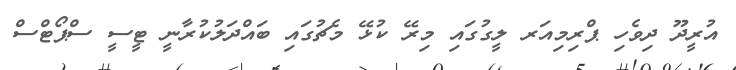
އުރީދޫ ދިވެހި ޕްރިމިއަރ ލީގުގައި މިރޭ ކުޅޭ މެޗުގައި ބައްދަލުކުރާނީ ޓީސީ ސްޕޯޓްސް